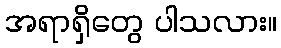
အရာရှိတွေ ပါသလား။